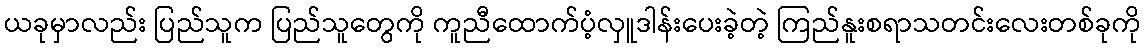
ယခုမှာလည်း ပြည်သူက ပြည်သူတွေကို ကူညီထောက်ပံ့လှူဒါန်းပေးခဲ့တဲ့ ကြည်နူးစရာသတင်းလေးတစ်ခုကို